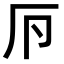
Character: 𠨳